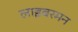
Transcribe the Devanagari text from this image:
लाइबरमन